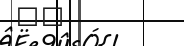
٤٠